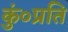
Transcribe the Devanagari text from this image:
कुं०प्रति